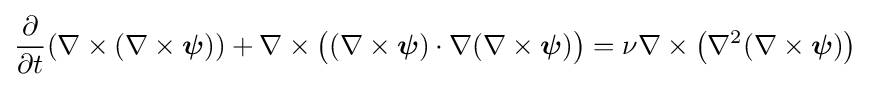
{\frac {\partial }{\partial t}}(\nabla \times (\nabla \times {\boldsymbol {\psi }}))+\nabla \times {\bigl (}(\nabla \times {\boldsymbol {\psi }})\cdot \nabla (\nabla \times {\boldsymbol {\psi }}){\bigr )}=\nu \nabla \times \left(\nabla ^{2}(\nabla \times {\boldsymbol {\psi }})\right)